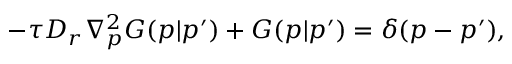
- \tau D _ { r } \nabla _ { p } ^ { 2 } G ( \boldsymbol { p } | \boldsymbol { p } ^ { \prime } ) + G ( \boldsymbol { p } | \boldsymbol { p } ^ { \prime } ) = \delta ( \boldsymbol { p } - \boldsymbol { p } ^ { \prime } ) ,